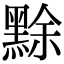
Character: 𪑏